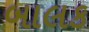
બાલક